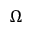
\Omega